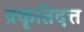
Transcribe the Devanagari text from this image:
प्रकृतिदत्त